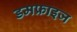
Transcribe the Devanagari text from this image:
डमफ्राइज